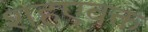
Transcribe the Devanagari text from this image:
शहएवक्त